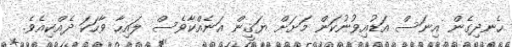
ހެނދިގެން އިނަސް އަޑުއިވުނުކަން މަށަށް ޔަޤީން އަނެއްކާވެސް ލައިހާ ވާހަކަ ދެއްކިއެވެ.